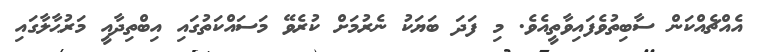
އެއްޗެއްކަން ސާބިތުވެފައިވާތީއެވެ. މި ފަދަ ބަޔަކު ނެރުމަށް ކުރެވޭ މަސައްކަތުގައި އިބްތިދާއީ މަރުޙާލާގައި